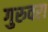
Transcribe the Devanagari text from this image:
गुरुवरा